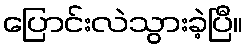
ပြောင်းလဲသွားခဲ့ပြီ။